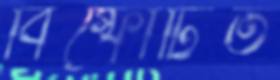
বিস্ফোটিত